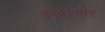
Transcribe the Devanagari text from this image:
इन्द्राकौर